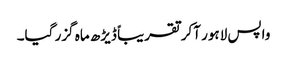
واپس لاہور آکر تقریباً ڈیڑھ ماہ گزر گیا۔